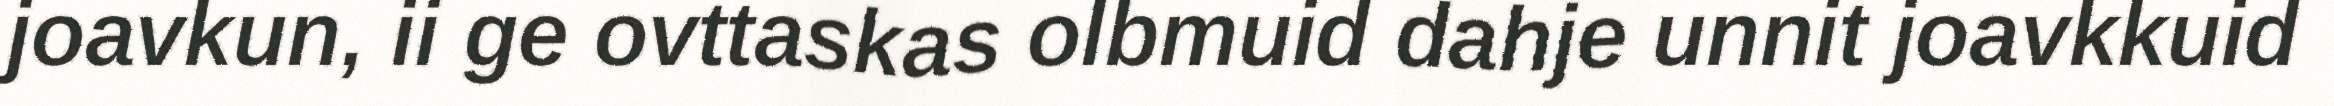
joavkun, ii ge ovttaskas olbmuid dahje unnit joavkkuid